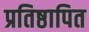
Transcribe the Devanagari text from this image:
प्रतिष्ठापित